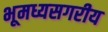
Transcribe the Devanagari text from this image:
भूमध्यसगरीय